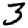
Digit: 3